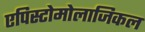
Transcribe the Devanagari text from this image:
एपिस्टोमोलाजिकल